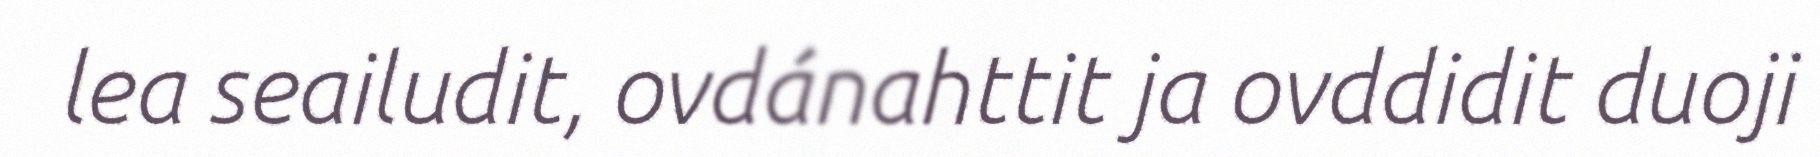
lea seailudit, ovdánahttit ja ovddidit duoji